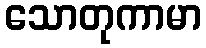
သောတုကာမာ